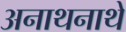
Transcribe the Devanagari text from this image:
अनाथनाथे